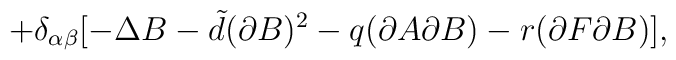
+\delta_{\alpha\beta}[-\Delta B-{\tilde d}(\partial B)^{2}-q (\partial A\partial B) - r(\partial F\partial B)],